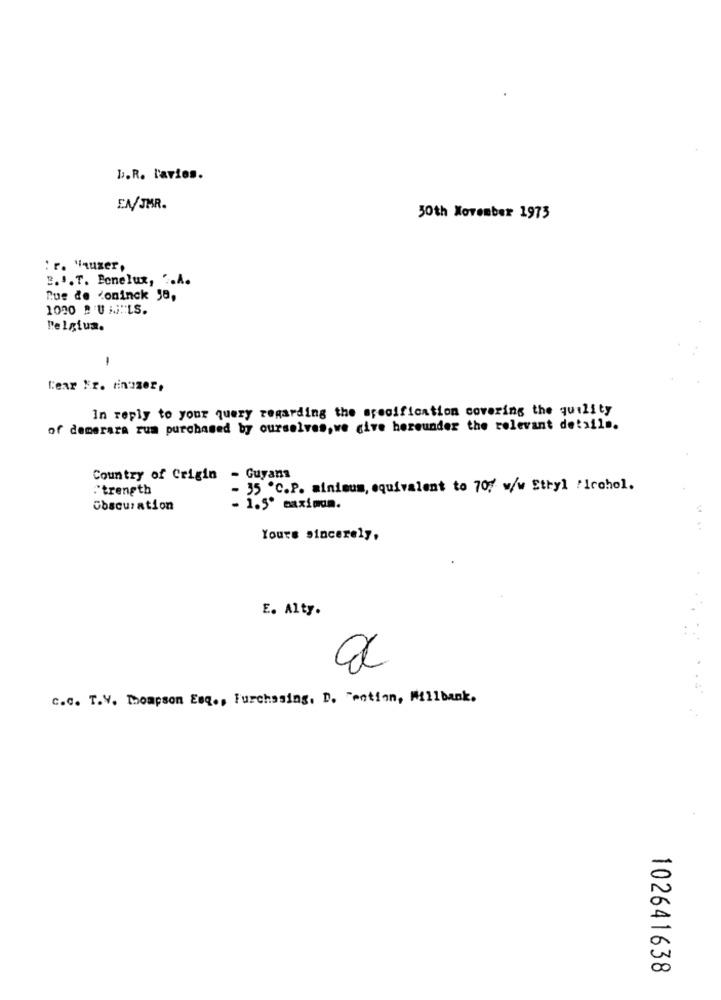
L.R. lavies.
EN/JMR.
50th November 1975
: r. "nuzer,
2 ... T. Benelux, ... A.
Rue de Koninck 58,
1000 BUHLS.
Belgium.
1
Cear Nr. finozer,
In reply to your query regarding the specification covering the quility
of demerara rum purchased by ourselves,we give hereunder the relevant details.
Country of Crigin - Guyana
Strength
- 35 ºC.P. minimum, equivalent to 70% w/w Ethyl Ficohol.
Obscuration
- 1.5º maximum.
Yours sincerely,
E. Alty.
c.c. T.V. Thompson Esq ., Furchasing, D. "ention, Millbank.
102641638